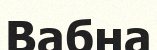
Вабна